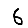
Digit: 6